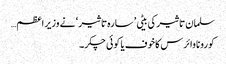
سلمان تاثیر کی بیٹی ’ سارہ تاثیر ‘ نے وزیر اعظم…
کورونا وائرس کاخوف یا کوئی چکر۔